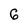
Character: 6